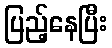
ပြည့်နေပြီး